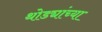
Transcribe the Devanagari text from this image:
थोड्यांच्या